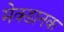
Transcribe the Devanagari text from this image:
मेक्डानक